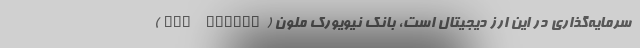
سرمایه‌گذاری در این ارز دیجیتال است، بانک نیویورک ملون (BNY Mellon)